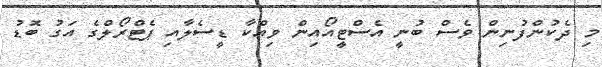
މި ދެކުންފުނިން ވެސް ބުނީ އެސްޓީއޯއިން ވިއްކާ ޑީސެލާއި ޕެޓްރޯލްގެ އަގު ބޮޑު